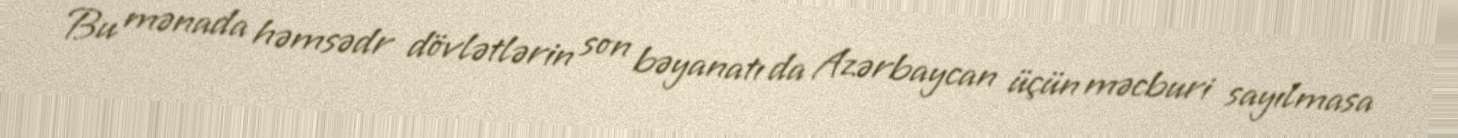
Bu mənada həmsədr dövlətlərin son bəyanatı da Azərbaycan üçün məcburi sayılmasa